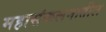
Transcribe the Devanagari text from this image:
महासंकलनातील